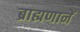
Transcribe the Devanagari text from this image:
ब्राह्मणानें